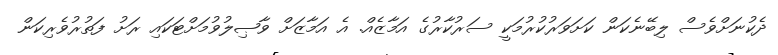
ދެކުނަށްވެސް ލިބޭނެކަން ކަށަވަރުކުރުމަކީ ސަރުކާރުގެ އަމާޒެއް. އެ އަމާޒަށް ވާޞިލުވުމަށްޓަކައި ރަށު ފަތުރުވެރިކަން